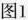
图1